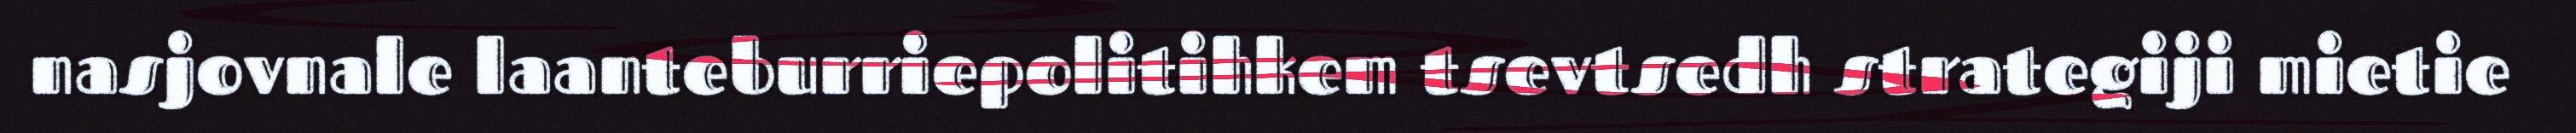
nasjovnale laanteburriepolitihkem tsevtsedh strategiji mietie